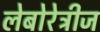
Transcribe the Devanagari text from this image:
लेबोरेट्रीज